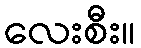
လေးစီး။